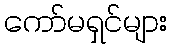
ကော်မရှင်များ